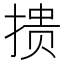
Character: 𰔋